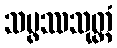
သမ္ဖဿသုတ္တံ